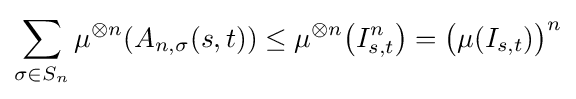
\sum _{\sigma \in S_{n}}\mu ^{\otimes n}(A_{n,\sigma }(s,t))\leq \mu ^{\otimes n}{\bigl (}I_{s,t}^{n}{\bigr )}={\bigl (}\mu (I_{s,t}){\bigr )}^{n}